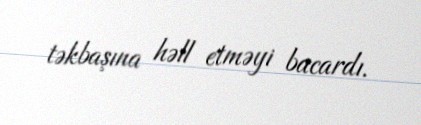
təkbaşına həll etməyi bacardı.